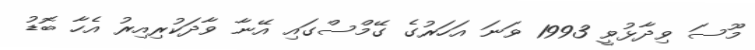
މޫސަ ވިދާޅުވީ 1993 ވަނަ އަހަރުގެ ގޭމްސްގައި އޭނާ ވާދަކުރިއިރު އެހާ ބޮޑު